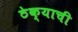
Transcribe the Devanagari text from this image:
ठेक्याची